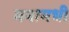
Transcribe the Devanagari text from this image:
मनामधी